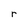
Character: r